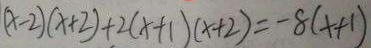
( x - 2 ) ( x + 2 ) + 2 ( x + 1 ) ( x + 2 ) = - 8 ( x + 1 )